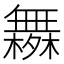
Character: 𰙄